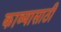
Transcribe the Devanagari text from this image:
काव्यासाठी